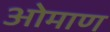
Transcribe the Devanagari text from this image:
ओमाण